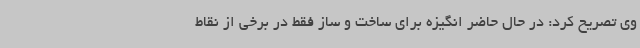
وی تصریح کرد: در حال حاضر انگیزه برای ساخت و ساز فقط در برخی از نقاط